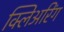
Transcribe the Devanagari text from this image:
क्लिअरिंग